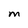
Character: M